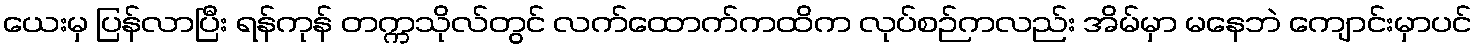
ယေးမှ ပြန်လာပြီး ရန်ကုန် တက္ကသိုလ်တွင် လက်ထောက်ကထိက လုပ်စဉ်ကလည်း အိမ်မှာ မနေဘဲ ကျောင်းမှာပင်